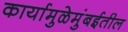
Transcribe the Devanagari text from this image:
कार्यामुळेमुंबईतील